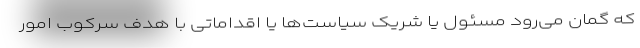
که گمان می‌رود مسئول یا شریک سیاست‌ها یا اقداماتی با هدف سرکوب امور